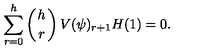
\sum _ { r = 0 } ^ { h } \left( { h \atop r } \right) V ( \psi ) _ { r + 1 } H ( 1 ) = 0 .